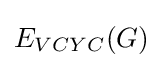
E_{VCYC}(G)